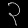
Digit: ၃